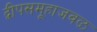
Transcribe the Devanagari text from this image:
द्वीपसमूहाजवळ